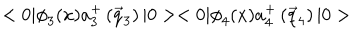
LaTeX: < 0 | { \phi } _ { 3 } ( x ) a _ { 3 } ^ { + } \left( \vec { q } _ { 3 } \right) | 0 > < 0 | { \phi } _ { 4 } ( x ) a _ { 4 } ^ { + } \left( \vec { q } _ { 4 } \right) | 0 >